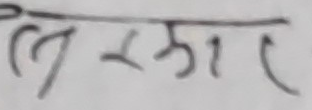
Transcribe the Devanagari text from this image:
लिखनार